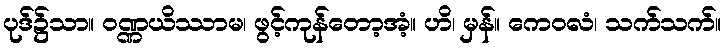
ပုဒ်၌သာ။ ဝဏ္ဏယိဿာမ၊ ဖွင့်ကုန်တော့အံ့။ ဟိ၊ မှန်။ ကေဝလံ၊ သက်သက်။